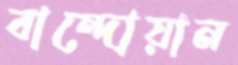
বান্দোয়ান